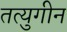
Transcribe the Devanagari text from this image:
तत्युगीन